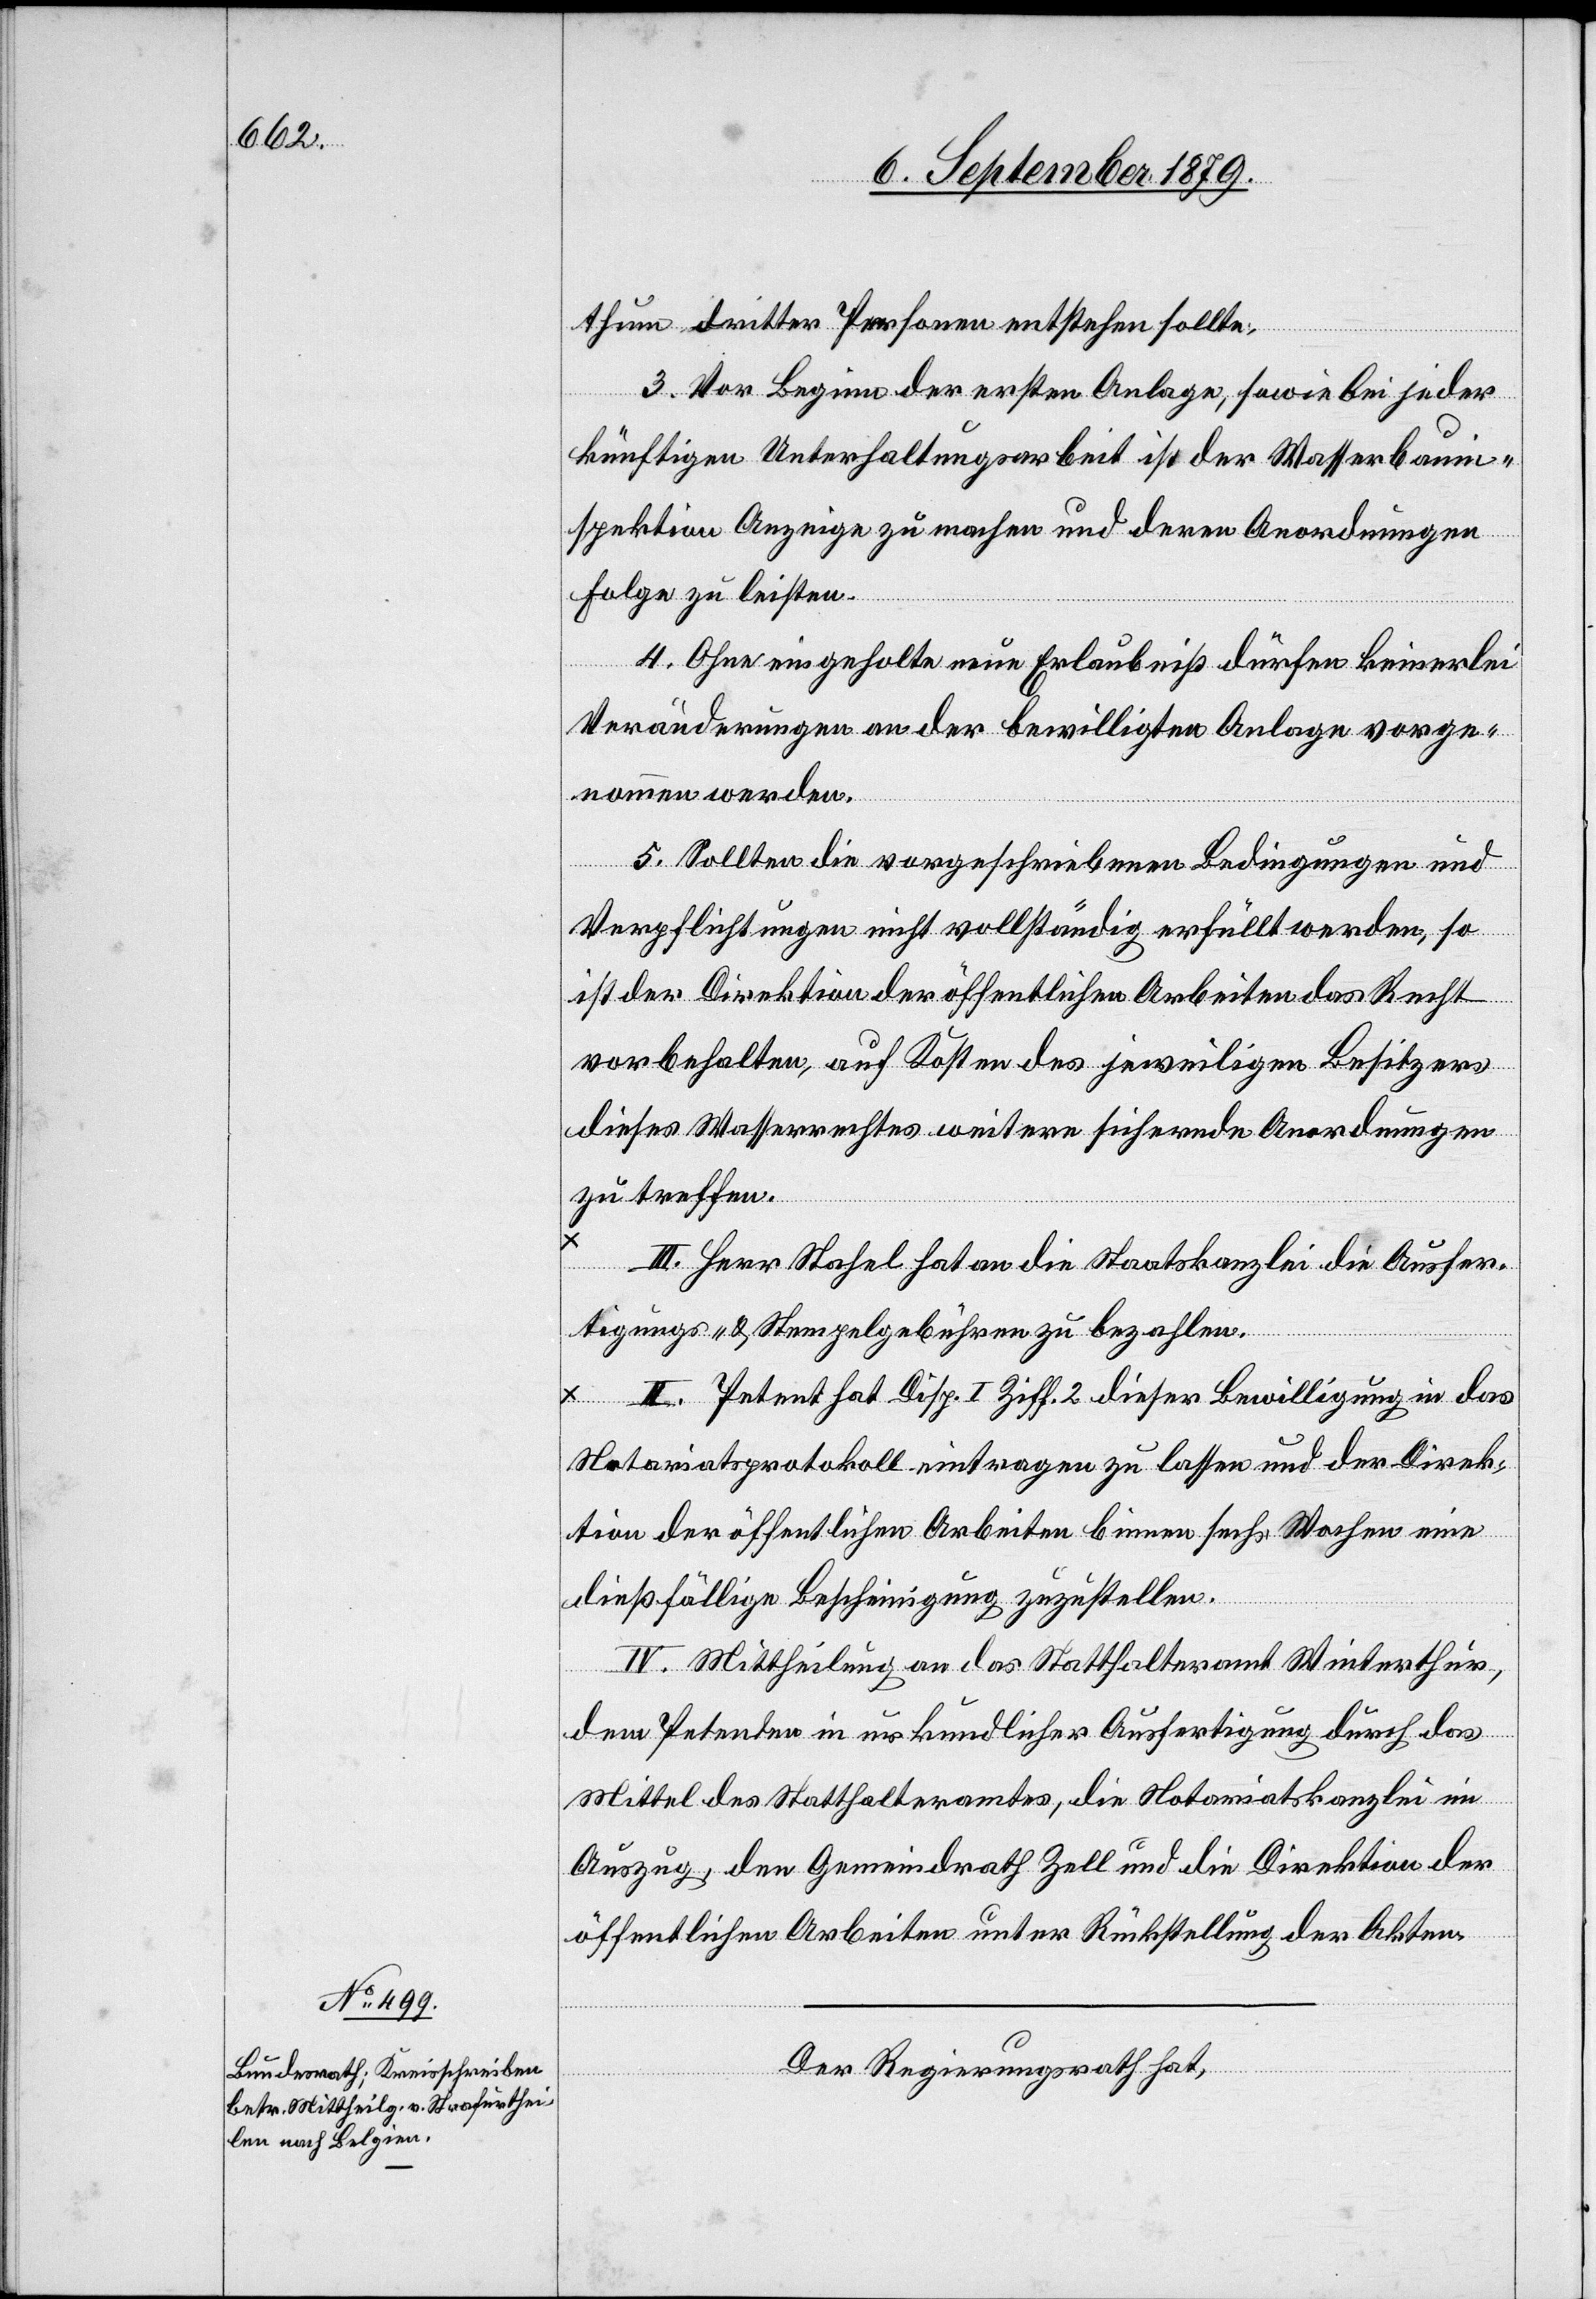
thum dritter Personen entstehen sollte.
3. Vor Beginn der ersten Anlage, sowie bei jeder
künftigen Unterhaltungsarbeit ist der Wasserbauin¬
spektion Anzeige zu machen und deren Anordnungen
Folge zu leisten.
4. Ohne eingeholte neue Erlaubniß dürfen keinerlei
Veränderungen an der bewilligten Anlage vorge¬
nommen werden.
5. Sollten die vorgeschriebenen Bedingungen und
Verpflichtungen nicht vollständig erfüllt werden, so
ist der Direktion der öffentlichen Arbeiten das Recht
vorbehalten, auf Kosten des jeweiligen Besitzers
dieses Wasserrechtes weitere sichernde Anordnungen
zu treffen.
III. Herr Stahel hat an die Staatskanzlei die Ausfer¬
tigungs- & Stempelgebühren zu bezahlen.
II. Petent hat Disp. I Ziff. 2 dieser Bewilligung in das
Notariatsprotokoll eintragen zu lassen und der Direk¬
tion der öffentlichen Arbeiten binnen sechs Wochen eine
dießfällige Bescheinigung zuzustellen.
IV. Mittheilung an das Statthalteramt Winterthur,
dem Petenten in urkundlicher Ausfertigung durch das
Mittel des Statthalteramtes, die Notariatskanzlei im
Auszug, den Gemeindrath Zell und die Direktion der
öffentlichen Arbeiten unter Rückstellung der Akten.
Der Regierungsrath hat,